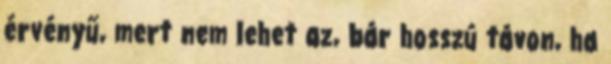
érvényű, mert nem lehet az, bár hosszú távon, ha